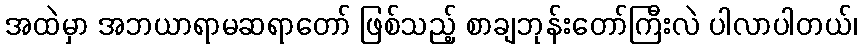
အထဲမှာ အဘယာရာမဆရာတော် ဖြစ်သည့် စာချဘုန်းတော်ကြီးလဲ ပါလာပါတယ်၊